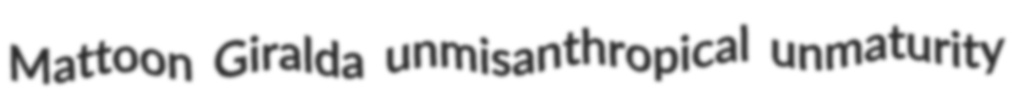
Mattoon Giralda unmisanthropical unmaturity